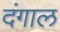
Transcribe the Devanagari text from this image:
दंगाल